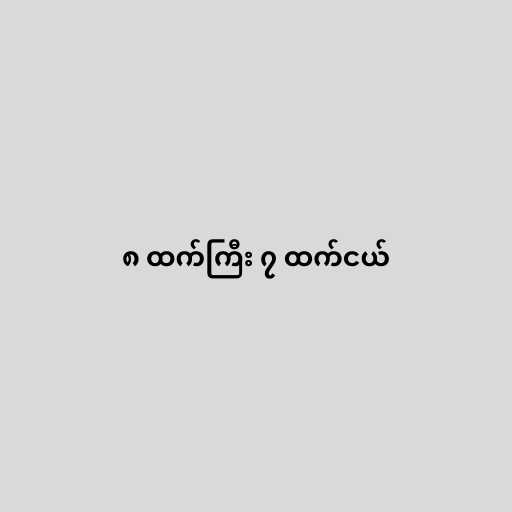
၈ ထက်ကြီး ၇ ထက်ငယ်